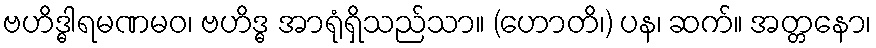
ဗဟိဒ္ဓါရမဏမဝ၊ ဗဟိဒ္ဓ အာရုံရှိသည်သာ။ (ဟောတိ၊) ပန၊ ဆက်။ အတ္တနော၊